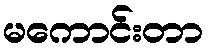
မကောင်းတာ